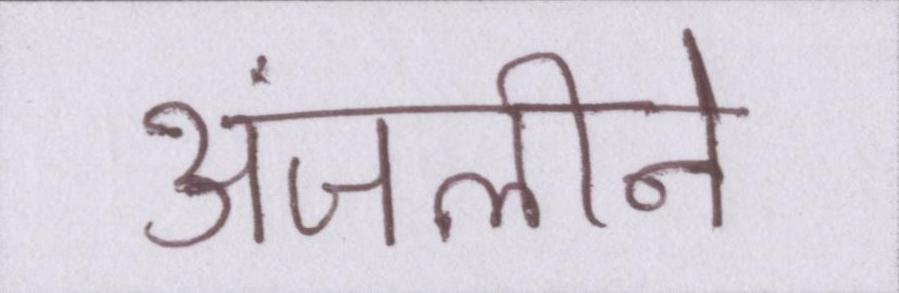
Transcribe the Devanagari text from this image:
अंजलीने